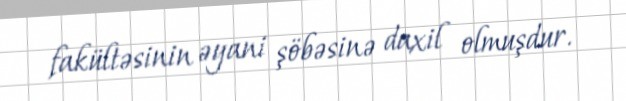
fakültəsinin əyani şöbəsinə daxil olmuşdur.